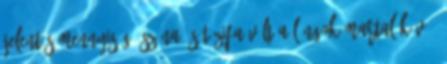
jelentős mennyiségű széna és tűzifa vált a lángok martalékává,